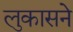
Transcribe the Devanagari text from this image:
लुकासने